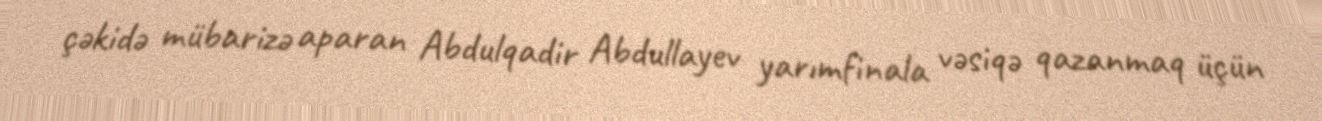
çəkidə mübarizə aparan Abdulqadir Abdullayev yarımfinala vəsiqə qazanmaq üçün